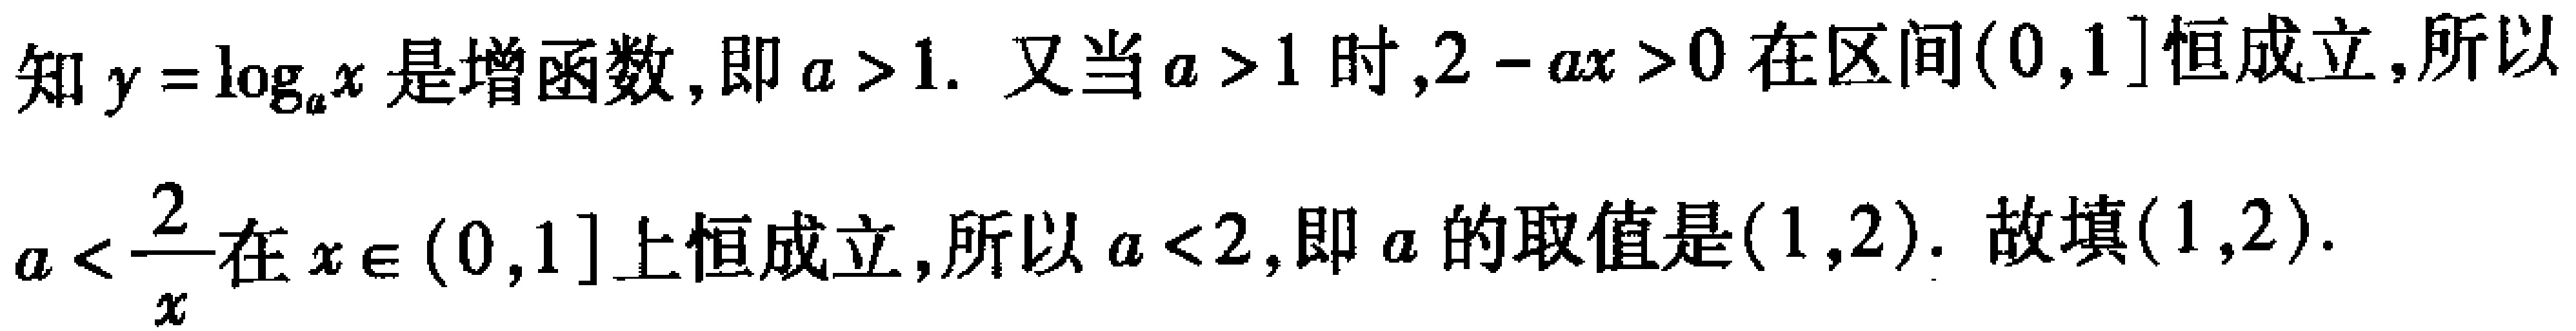
知\(y = \log_{a}x\)是增函数, 即\(a > 1\). 又当\(a > 1\)时,\(2 - ax>0\)在区间\((0,1]\)恒成立,所以\(a < \dfrac{2}{x}\)在\(x\in(0,1]\)上恒成立, 所以\(a < 2\), 即\(a\)的取值是\((1,2)\). 故填\((1,2)\).